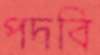
পদবি